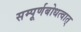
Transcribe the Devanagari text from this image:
सम्पूर्णबोधत्वात्